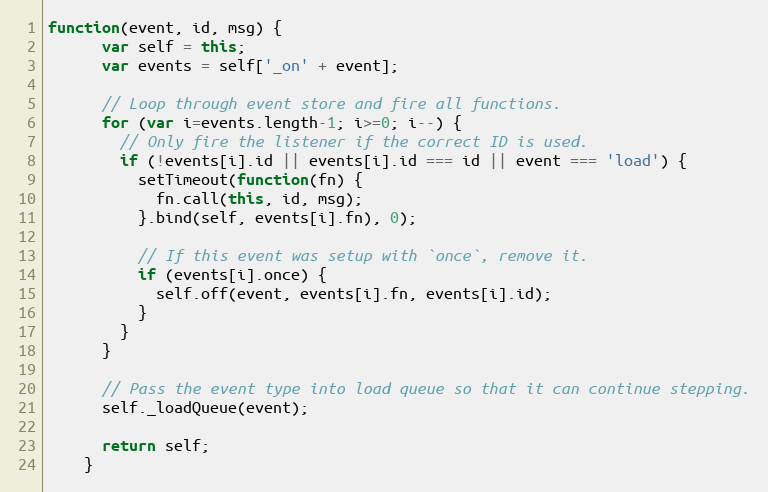
Language: JavaScript
function(event, id, msg) {
      var self = this;
      var events = self['_on' + event];

      // Loop through event store and fire all functions.
      for (var i=events.length-1; i>=0; i--) {
        // Only fire the listener if the correct ID is used.
        if (!events[i].id || events[i].id === id || event === 'load') {
          setTimeout(function(fn) {
            fn.call(this, id, msg);
          }.bind(self, events[i].fn), 0);

          // If this event was setup with `once`, remove it.
          if (events[i].once) {
            self.off(event, events[i].fn, events[i].id);
          }
        }
      }

      // Pass the event type into load queue so that it can continue stepping.
      self._loadQueue(event);

      return self;
    }